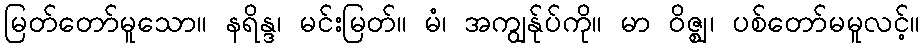
မြတ်တော်မူသော။ နရိန္ဒ၊ မင်းမြတ်။ မံ၊ အကျွန်ုပ်ကို။ မာ ဝိဇ္ဈ၊ ပစ်တော်မမူလင့်။